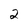
Character: 2